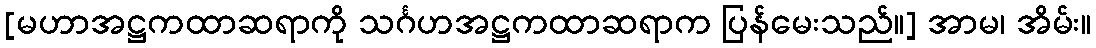
[မဟာအဋ္ဌကထာဆရာကို သင်္ဂဟအဋ္ဌကထာဆရာက ပြန်မေးသည်။] အာမ၊ အိမ်း။